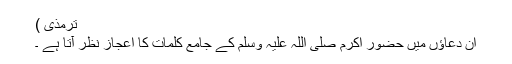
ترمذی )
ان دعاؤں میں حضور اکرم صلی اللہ علیہ وسلم کے جامع کلمات کا اعجاز نظر آتا ہے ۔